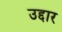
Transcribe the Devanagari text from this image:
उद्दार